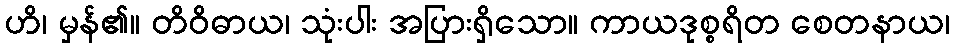
ဟိ၊ မှန်၏။ တိဝိဓာယ၊ သုံးပါး အပြားရှိသော။ ကာယဒုစ္စရိတ စေတနာယ၊